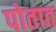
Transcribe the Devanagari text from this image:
पोतात